Vaccination in Bombay 1913-1923 - 1913-1923
Year: 1913
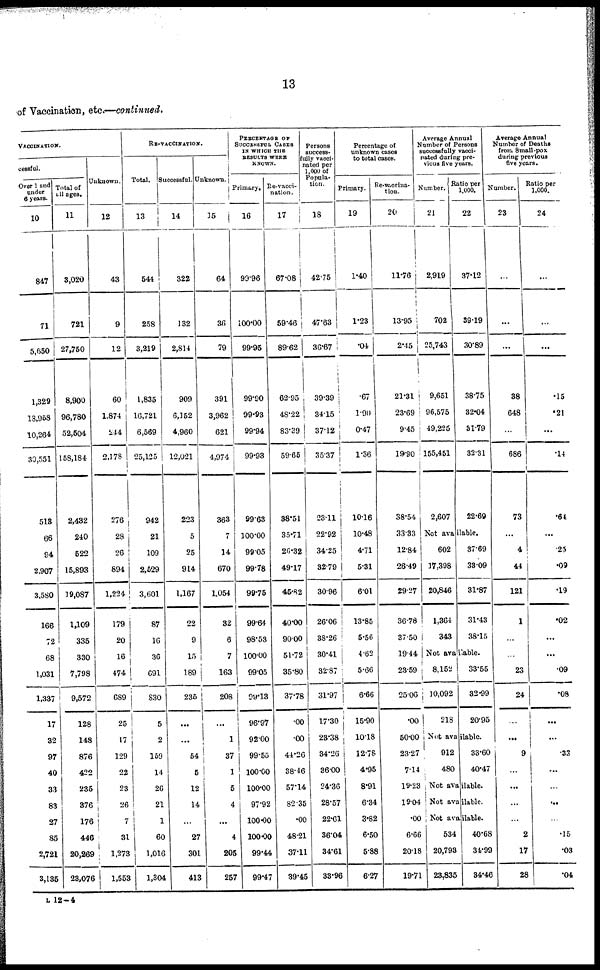
13
of Vaccination, etc.—continued.
VACCINATION.
cessful.
Over 1 and
under
6 years.
10
847
71
5,650
1,329
18,958
10,264
30,551
518
66
94
2,907
3,580
166
72
68
1,031
1,337
17
32
97
40
33
83
27
85
2,721
3,135
Total of
all ages.
11
3,020
721
27,750
8,900
96,780
52,504
158,184
2,432
240
522
15,893
19,087
1,109
335
330
7,798
9,572
128
148
876
422
235
376
176
446
20,269
23,076
Unknown.
12
43
9
12
60
1,874
244
2,178
276
28
26
894
1,224
179
20
16
474
689
25
17
129
22
23
26
7
31
1,273
1,553
RE-VACCINATION.
Total.
13
544
258
3,219
1,835
16,721
6,569
25,125
942
21
109
2,529
3,601
87
16
36
691
830
5
2
159
14
26
21
1
60
1,016
1,304
Successful.
14
322
132
2,814
909
6,152
4,960
12,021
223
5
25
914
1,167
22
9
15
189
235
...
...
54
5
12
14
...
27
301
413
Unknown.
15
64
36
79
391
3,962
621
4,974
363
7
14
670
1,054
32
6
7
163
208
...
1
37
1
5
4
...
4
205
257
PERCENTAGE OF
SUCCESSFUL CASES
IN WHICH THE
RESULTS WERE
KNOWN.
Primary.
16
99.96
100.00
99.95
99.90
99.93
99.94
99.98
99.63
100.00
99.05
99.78
99.75
99.64
98.53
100.00
99.05
99.13
96.97
92.00
99.55
100.00
100.00
97.92
100.00
100.00
99.44
99.47
Re-vacci-
nation.
17
67.08
59.46
89.62
62.95
48.22
83.39
59.65
38.51
35.71
26.32
49.17
45.82
40.00
90.00
51.72
35.80
37.78
.00
.00
44.26
38.46
57.14
82.35
.00
48.21
37.11
39.45
Persons
success¬
fully vacci-
nated per
1,000 of
Popula-
tion.
18
42.75
47.63
36.67
39.39
34.15
37.12
35.37
23.11
22.92
34.25
32.79
30.96
26.06
38.26
30.41
32.87
31.97
17.30
23.38
34.26
36.00
24.36
28.57
22.61
36.04
34.61
33.96
Percentage of
unknown cases
to total cases.
Primary.
19
1.40
1.23
.04
.67
1·90
0.47
1.36
10.16
10.48
4.71
5.31
6.01
13.85
5.56
4.62
5.66
6.66
15.90
10.18
12.78
4.95
8·91
6.34
3·82
6.50
5.88
6.27
Re-vaccina-
tion.
20
11.76
13.95
2.45
21.31
23.69
9.45
19.90
38.54
33.33
12.84
26.49
29.27
36.78
37.50
19.44
23.59
25.06
.00
50.00
23.27
7.14
19.23
19.04
.00
6.66
20.18
19.71
Average Annual
Number of Persons
successfully vacci-
nated during pre-
vious five years.
Number.
21
2,919
702
25,743
9,651
96,575
49,225
155,451
2,607
Ratio per
1,000.
22
37.12
39.19
30.89
38.75
32.04
31.79
32.31
22.69
Not available.
602
17,398
20,846
1,364
343
37.69
33.09
31.87
31.43
38.15
Not available.
8,152
10,092
218
33.55
32.99
20.95
Not available.
912
480
33.60
40.47
Not available.
Not available.
Not available.
534
20,793
23,835
40.68
34.99
34.46
Average Annual
Number of Deaths
from Small-pox
during previous
five years.
Number.
23
...
...
...
38
648
...
686
73
...
4
44
121
1
...
...
23
24
...
...
9
...
...
...
...
2
17
28
Ratio per
1,000.
24
...
...
...
.15
.21
...
.14
.64
...
.25
.09
.19
.02
...
...
.09
.08
...
...
.33
...
...
...
...
.15
.03
.04
L 12—4